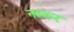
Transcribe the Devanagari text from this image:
नम्ब्र्‍र